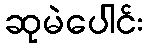
ဆုမဲပေါင်း